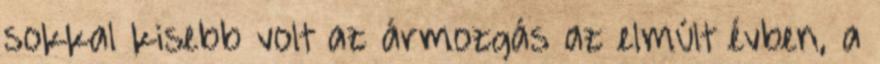
sokkal kisebb volt az ármozgás az elmúlt évben, a